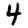
Digit: 4